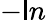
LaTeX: -\mathsf{l}n